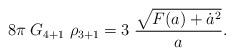
LaTeX: \begin{align*}8\pi \; G_{4+1} \; \rho_{3+1} = 3 \; {\sqrt{F(a)+\dot a^2}\over a}.\end{align*}